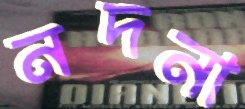
নদনা